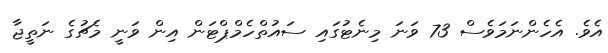
އެވެ. އެހެންނަމަވެސް 73 ވަނަ މިނެޓުގައި ސައުތްހެމްޕްޓަން އިން ވަނީ މެޗުގެ ނަތީޖާ